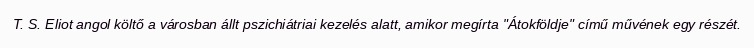
T. S. Eliot angol költő a városban állt pszichiátriai kezelés alatt, amikor megírta "Átokföldje" című művének egy részét.